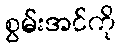
စွမ်းအင်ကို